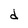
Character: d